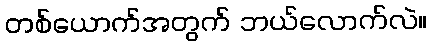
တစ်ယောက်အတွက် ဘယ်လောက်လဲ။